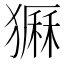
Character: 𤡫